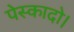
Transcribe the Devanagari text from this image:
पेस्कादो।